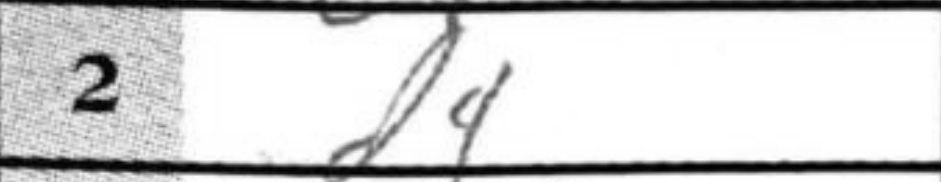
Transcription: d4